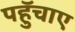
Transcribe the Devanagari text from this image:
पहुॅचाए